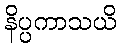
နိပ္ပကာသယိ